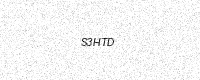
Text: S3HTD